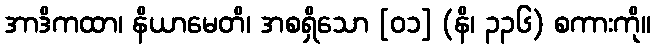
အာဒိကထာ၊ နိယာမေတိ၊ အစရှိသော [၀၁] (နိ၊ ၃၃၆) စကားကို။